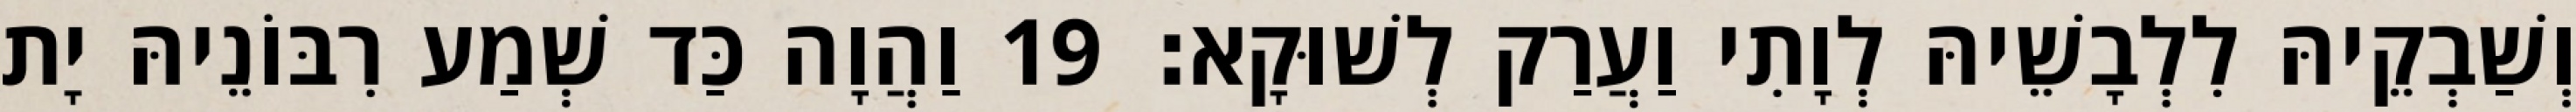
וְשַׁבְקֵיהּ לִלְבָשֵׁיהּ לְוָתִי וַעֲרַק לְשׁוּקָא׃ 19 וַהֲוָה כַּד שְׁמַע רִבּוֹנֵיהּ יָת